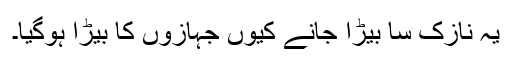
یہ نازک سا بِیڑا جانے کیوں جہازوں کا بیڑا ہوگیا۔